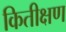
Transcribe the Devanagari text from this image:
कितीक्षण